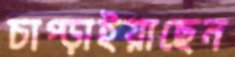
চাপ্‌ড়াইয়াছেন